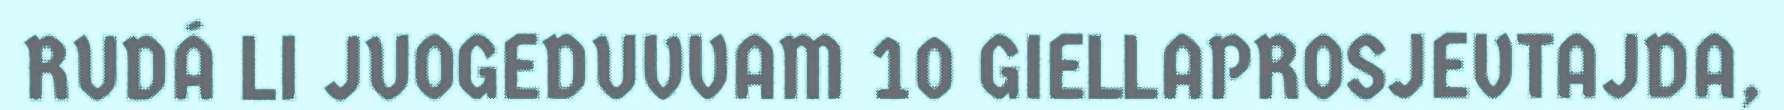
RUDÁ LI JUOGEDUVVAM 10 GIELLAPROSJEVTAJDA,